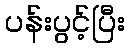
ပန်းပွင့်ပြီး